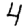
Digit: 4